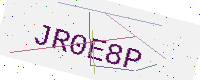
Text: JR0E8P